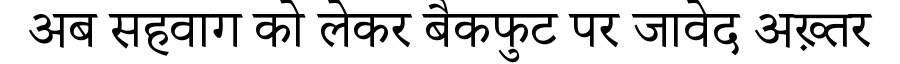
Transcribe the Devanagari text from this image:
अब सहवाग को लेकर बैकफुट पर जावेद अख़्तर